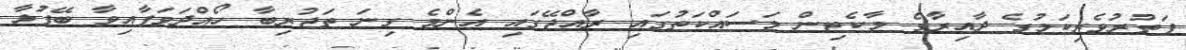
ފަތުރުވެރިކަމުގެ ދާއިރާގެ މާކެޓިން މަސައްކަތުގައި ރާއްޖޭގައި އެންމެ ގިނަ ތަޖުރިބާ ހޯއްދަވަފާއިވާ ބޭފުޅާ